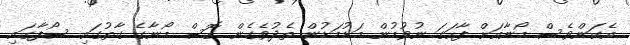
އެކަންވެސް މޯނާއަށް ފާހަގަ ނުވުމުން މަޑުމަޑުން ތެދުވެގެން ގޮސް މޯނާގެ ގާތުގައި ސޯފާގައި